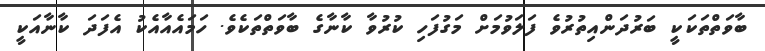
ބާވަތްތަކަކީ ބަރުދަންއިތުރުވެ ފަލަވުމަށް މަގުފަހި ކުރުވާ ކާނާގެ ބާވަތްތަކެވެ. ހަމައެއާއެކު އެފަދަ ކާނާއަކީ